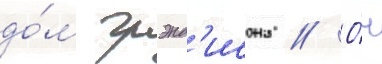
до́м грэнд'исона // О́н